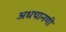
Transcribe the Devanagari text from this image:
अधचानणी